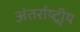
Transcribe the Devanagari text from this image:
अंतर्राष्ट्रीृय